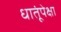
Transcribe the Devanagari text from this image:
धातूंपेक्षा